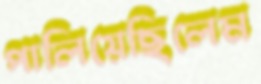
পালিয়েছিলেম